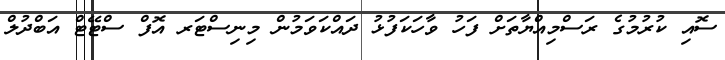
ސޮއި ކުރުމުގެ ރަސްމިއްޔާތަށް ފަހު ވާހަކަފުޅު ދައްކަވަމުން މިނިސްޓަރ އޮފް ސްޓޭޓް އަބްދުލް